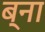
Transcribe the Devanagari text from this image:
ब्ना